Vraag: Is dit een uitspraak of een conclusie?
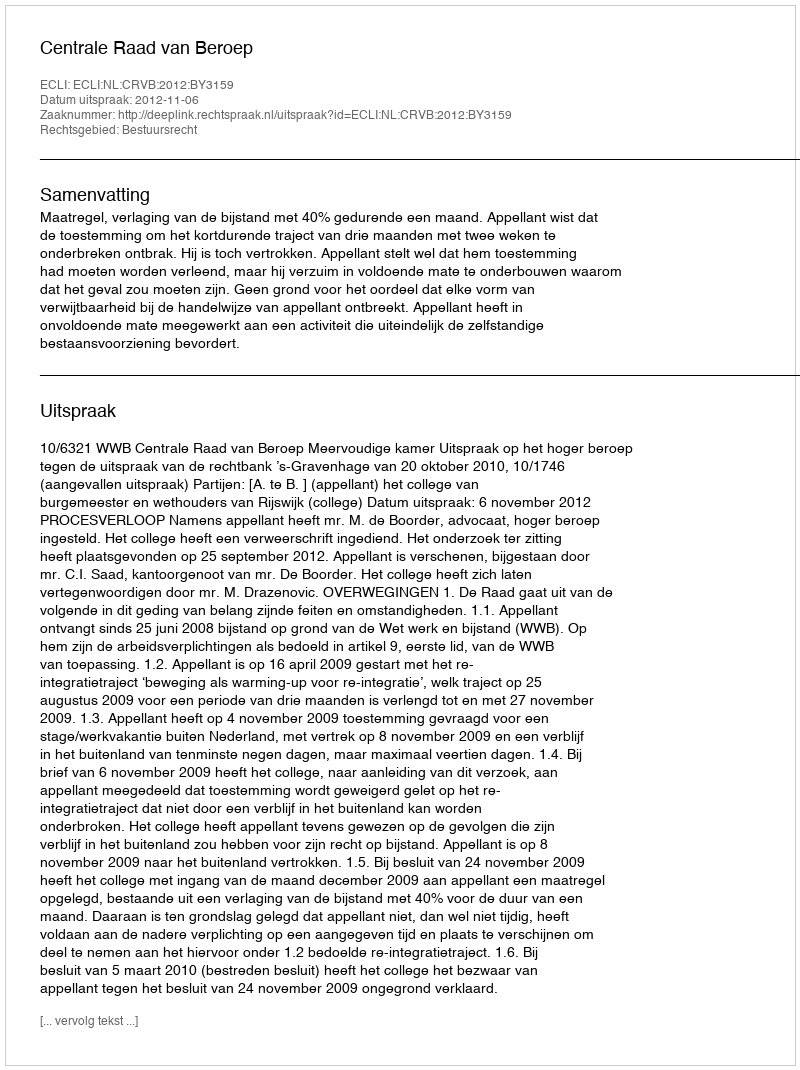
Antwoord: Uitspraak